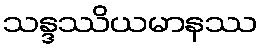
သန္ဒဿိယမာနဿ